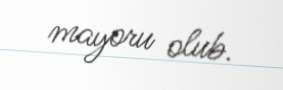
mayoru olub.